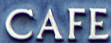
CAFE